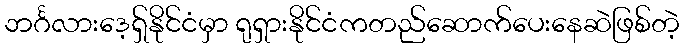
ဘင်္ဂလားဒေ့ရှ်နိုင်ငံမှာ ရုရှားနိုင်ငံကတည်ဆောက်ပေးနေဆဲဖြစ်တဲ့